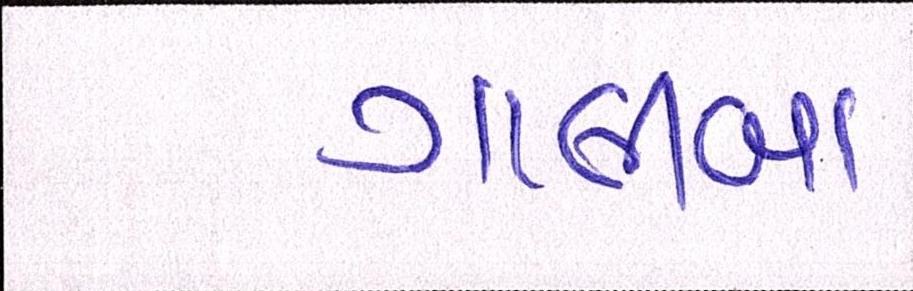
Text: ગાલીબા